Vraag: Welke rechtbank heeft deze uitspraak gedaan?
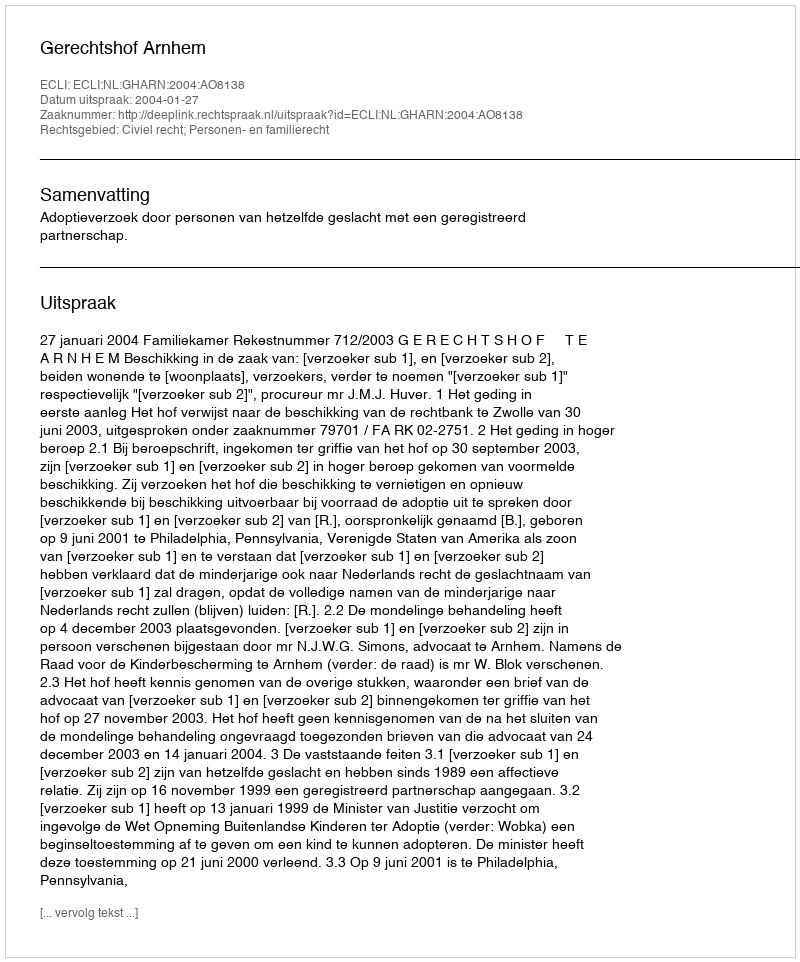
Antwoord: Gerechtshof Arnhem